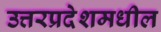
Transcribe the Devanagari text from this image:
उत्तरप्रदेशमधील